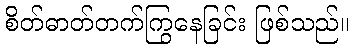
စိတ်ဓာတ်တက်ကြွနေခြင်း ဖြစ်သည်။